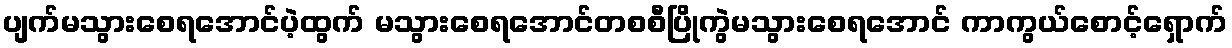
ပျက်မသွားစေရအောင်ပဲ့ထွက် မသွားစေရအောင်တစစီပြိုကွဲမသွားစေရအောင် ကာကွယ်စောင့်ရှောက်